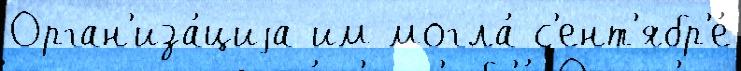
Орган'иза́циjа им могла́ с'ент'ябр'е́